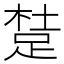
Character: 𨁥